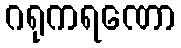
ဂရုကရဏော